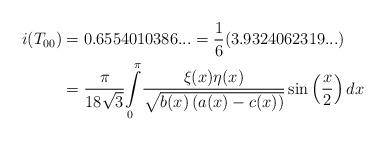
LaTeX: \begin{align*}i(T_{00}) & =0.6554010386...=\frac{1}{6}(3.9324062319...)\\& =\frac{\pi}{18\sqrt{3}}{\displaystyle\int\limits_{0}^{\pi}}\frac{\xi(x)\eta(x)}{\sqrt{b(x)\left( a(x)-c(x)\right) }}\sin\left(\frac{x}{2}\right) dx\end{align*}